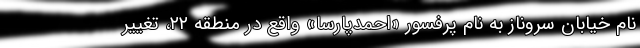
نام خیابان سروناز به نام پرفسور «احمدپارسا» واقع در منطقه ۲۲، تغییر